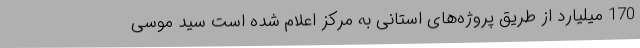
170 میلیارد از طریق پروژه‌های استانی به مرکز اعلام شده است سید موسی